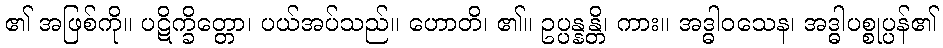
၏ အဖြစ်ကို။ ပဋိက္ခိတ္တော၊ ပယ်အပ်သည်။ ဟောတိ၊ ၏။ ဥပ္ပန္နန္တိ၊ ကား။ အဒ္ဓါဝသေန၊ အဒ္ဓါပစ္စုပ္ပန်၏